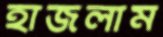
হাজলাম